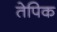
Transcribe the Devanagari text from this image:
तेपिक